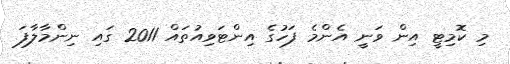
މި ކޮމިޓީ އިން ވަނީ އެންމެ ފަހުގެ އިންޓަވިއުތައް 2011 ގައި ނިންމާލާފަ